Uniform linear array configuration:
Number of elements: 32
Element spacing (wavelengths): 1
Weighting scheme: blackman
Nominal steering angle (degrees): -45
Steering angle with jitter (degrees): -44.71
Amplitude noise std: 0.05
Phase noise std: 0.05

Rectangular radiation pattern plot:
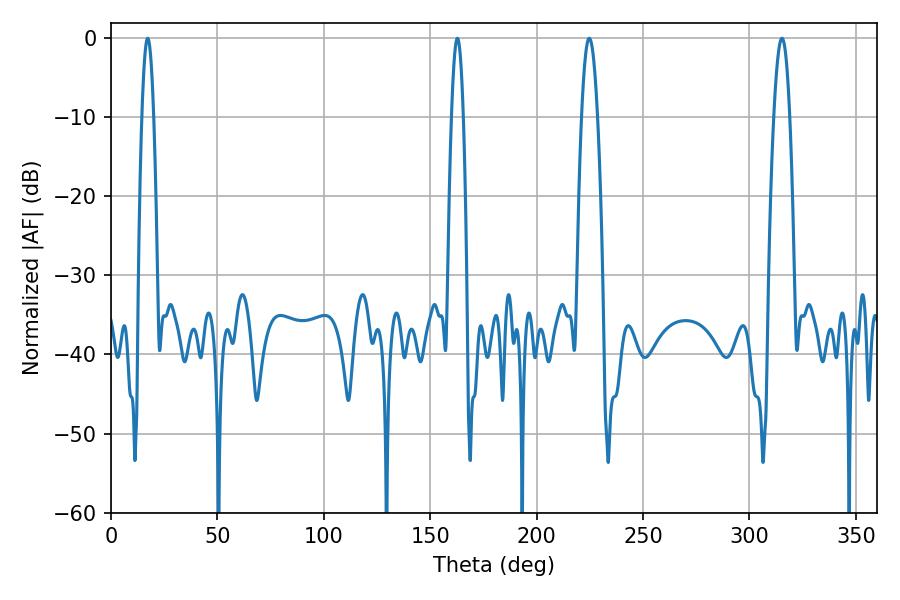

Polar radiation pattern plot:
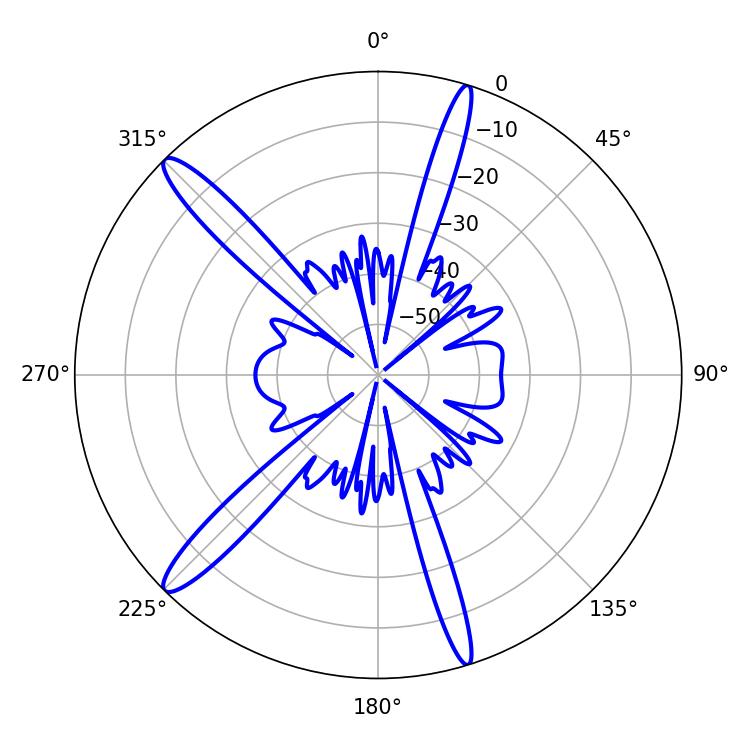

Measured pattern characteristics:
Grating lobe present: TRUE
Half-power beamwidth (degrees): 2.88
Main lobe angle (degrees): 17.28